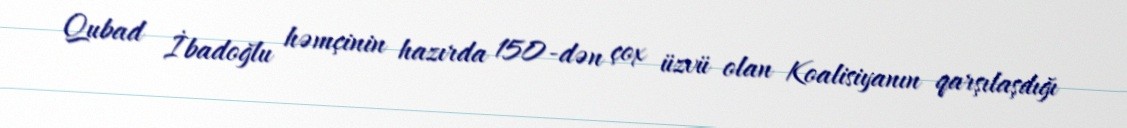
Qubad İbadoğlu həmçinin hazırda 150-dən çox üzvü olan Koalisiyanın qarşılaşdığı